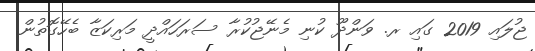
ޖުލައި 2019 ގައި ރ. ވަންދޫ ކުނި މެނޭޖުކުރާ ސަރަހައްދީ މަރިކަޒާ ބެހޭގޮތުން